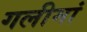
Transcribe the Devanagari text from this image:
गलीमां